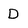
Character: D